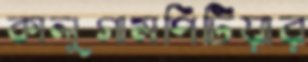
কালুগামপিটিয়ার